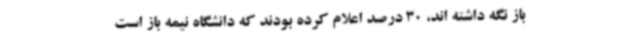
باز نگه داشته اند، 30 درصد اعلام کرده بودند که دانشگاه نیمه باز است